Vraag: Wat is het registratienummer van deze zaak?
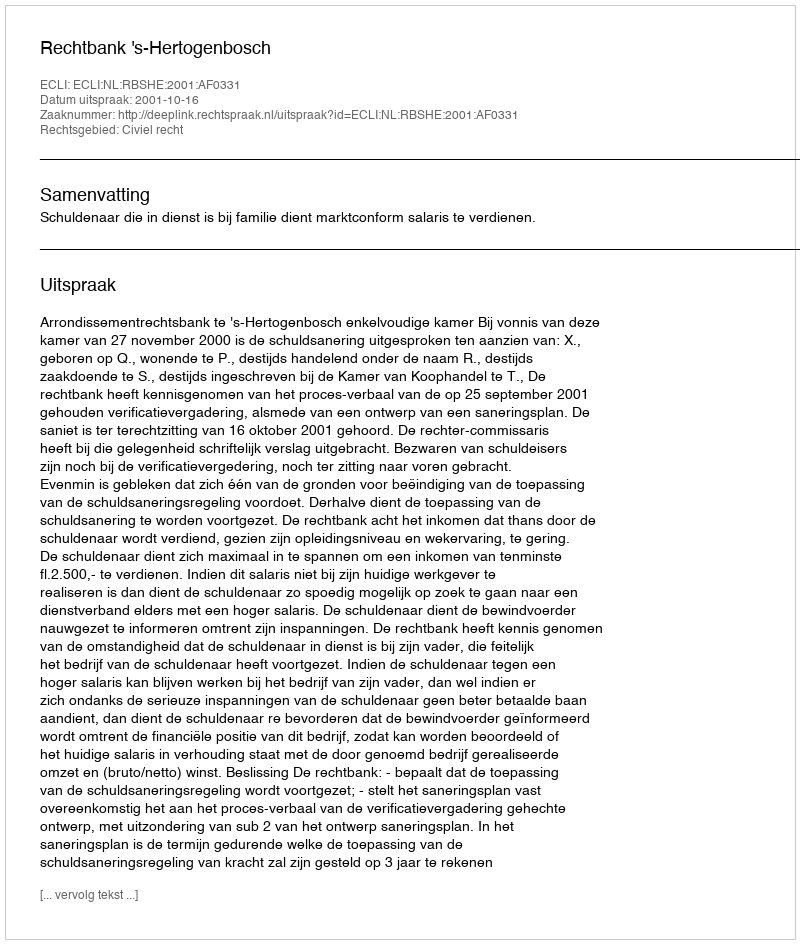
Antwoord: http://deeplink.rechtspraak.nl/uitspraak?id=ECLI:NL:RBSHE:2001:AF0331